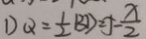
D Q = \frac { 1 } { 2 } B D = 5 - \frac { x } { 2 }